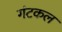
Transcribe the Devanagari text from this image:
गंटकल